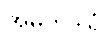
အမတဒွါရံ